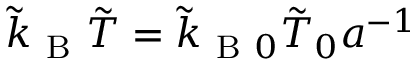
\tilde { k } _ { \mathrm { ~ B ~ } } \tilde { T } = \tilde { k } _ { \mathrm { ~ B ~ } 0 } \tilde { T } _ { 0 } a ^ { - 1 }